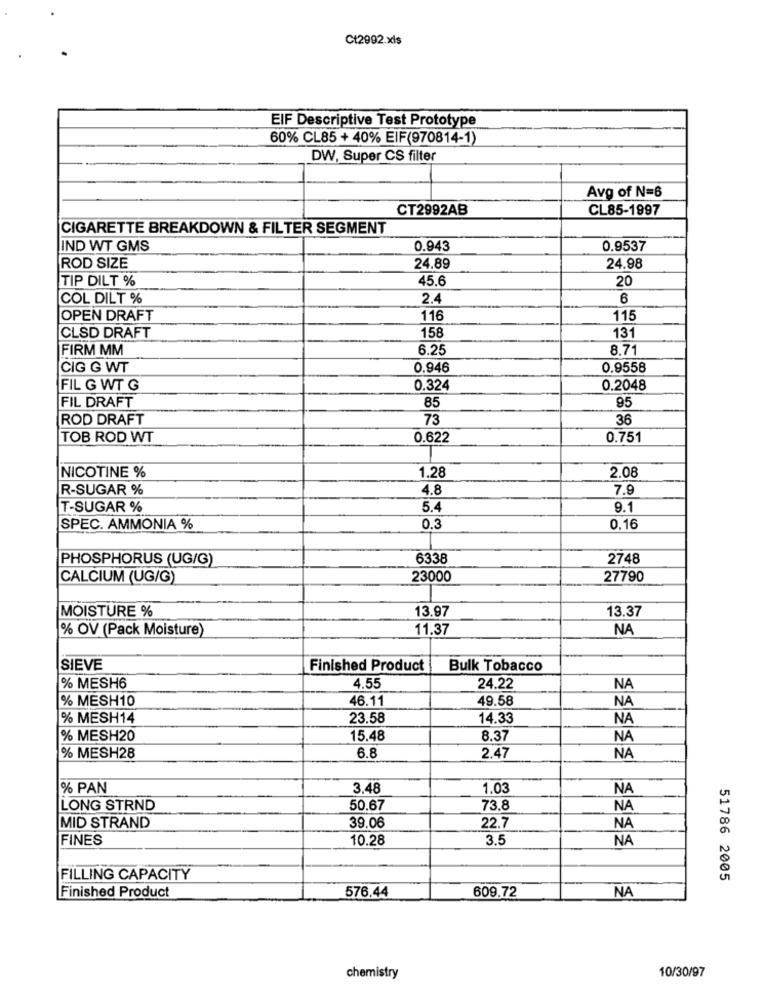
Ct2992.xls
EIF Descriptive Test Prototype
60% CL85 + 40% EIF(970814-1)
DW, Super CS filter
Avg of N=6
CT2992AB
CL85-1997
CIGARETTE BREAKDOWN & FILTER SEGMENT
IND WT GMS
0.943
0.9537
ROD SIZE
24.89
24.98
TIP DILT %
45.6
20
COL DILT %
2.4
6
OPEN DRAFT
116
115
158
131
CLSD DRAFT
FIRM MM
6.25
8.71
CIG G WT
0.946
0.9558
FIL G WT G
0.324
0.2048
85
95
FIL DRAFT
ROD DRAFT
73
36
TOB ROD WT
0.622
0.751
1.28
2.08
NICOTINE %
R-SUGAR %
4.8
7.9
T-SUGAR %
5.4
9.1
SPEC. AMMONIA %
0.3
0.16
PHOSPHORUS (UG/G)
6338
2748
CALCIUM (UG/G)
23000
27790
MOISTURE %
13.97
13.37
% OV (Pack Moisture)
11.37
NA
SIEVE
Finished Product
Bulk Tobacco
% MESH6
4.55
24.22
NA
% MESH10
46.11
49.58
NA
% MESH14
23.58
14.33
NA
% MESH20
15.48
8.37
NA
6.8
% MESH28
2.47
NA
% PAN
3,48
1.03
NA
LONG STRND
50.67
73.8
NA
MID STRAND
39.06
22.7
NA
FINES
10.28
3.5
NA
FILLING CAPACITY
51786 2005
Finished Product
NA
576.44
609.72
chemistry
10/30/97